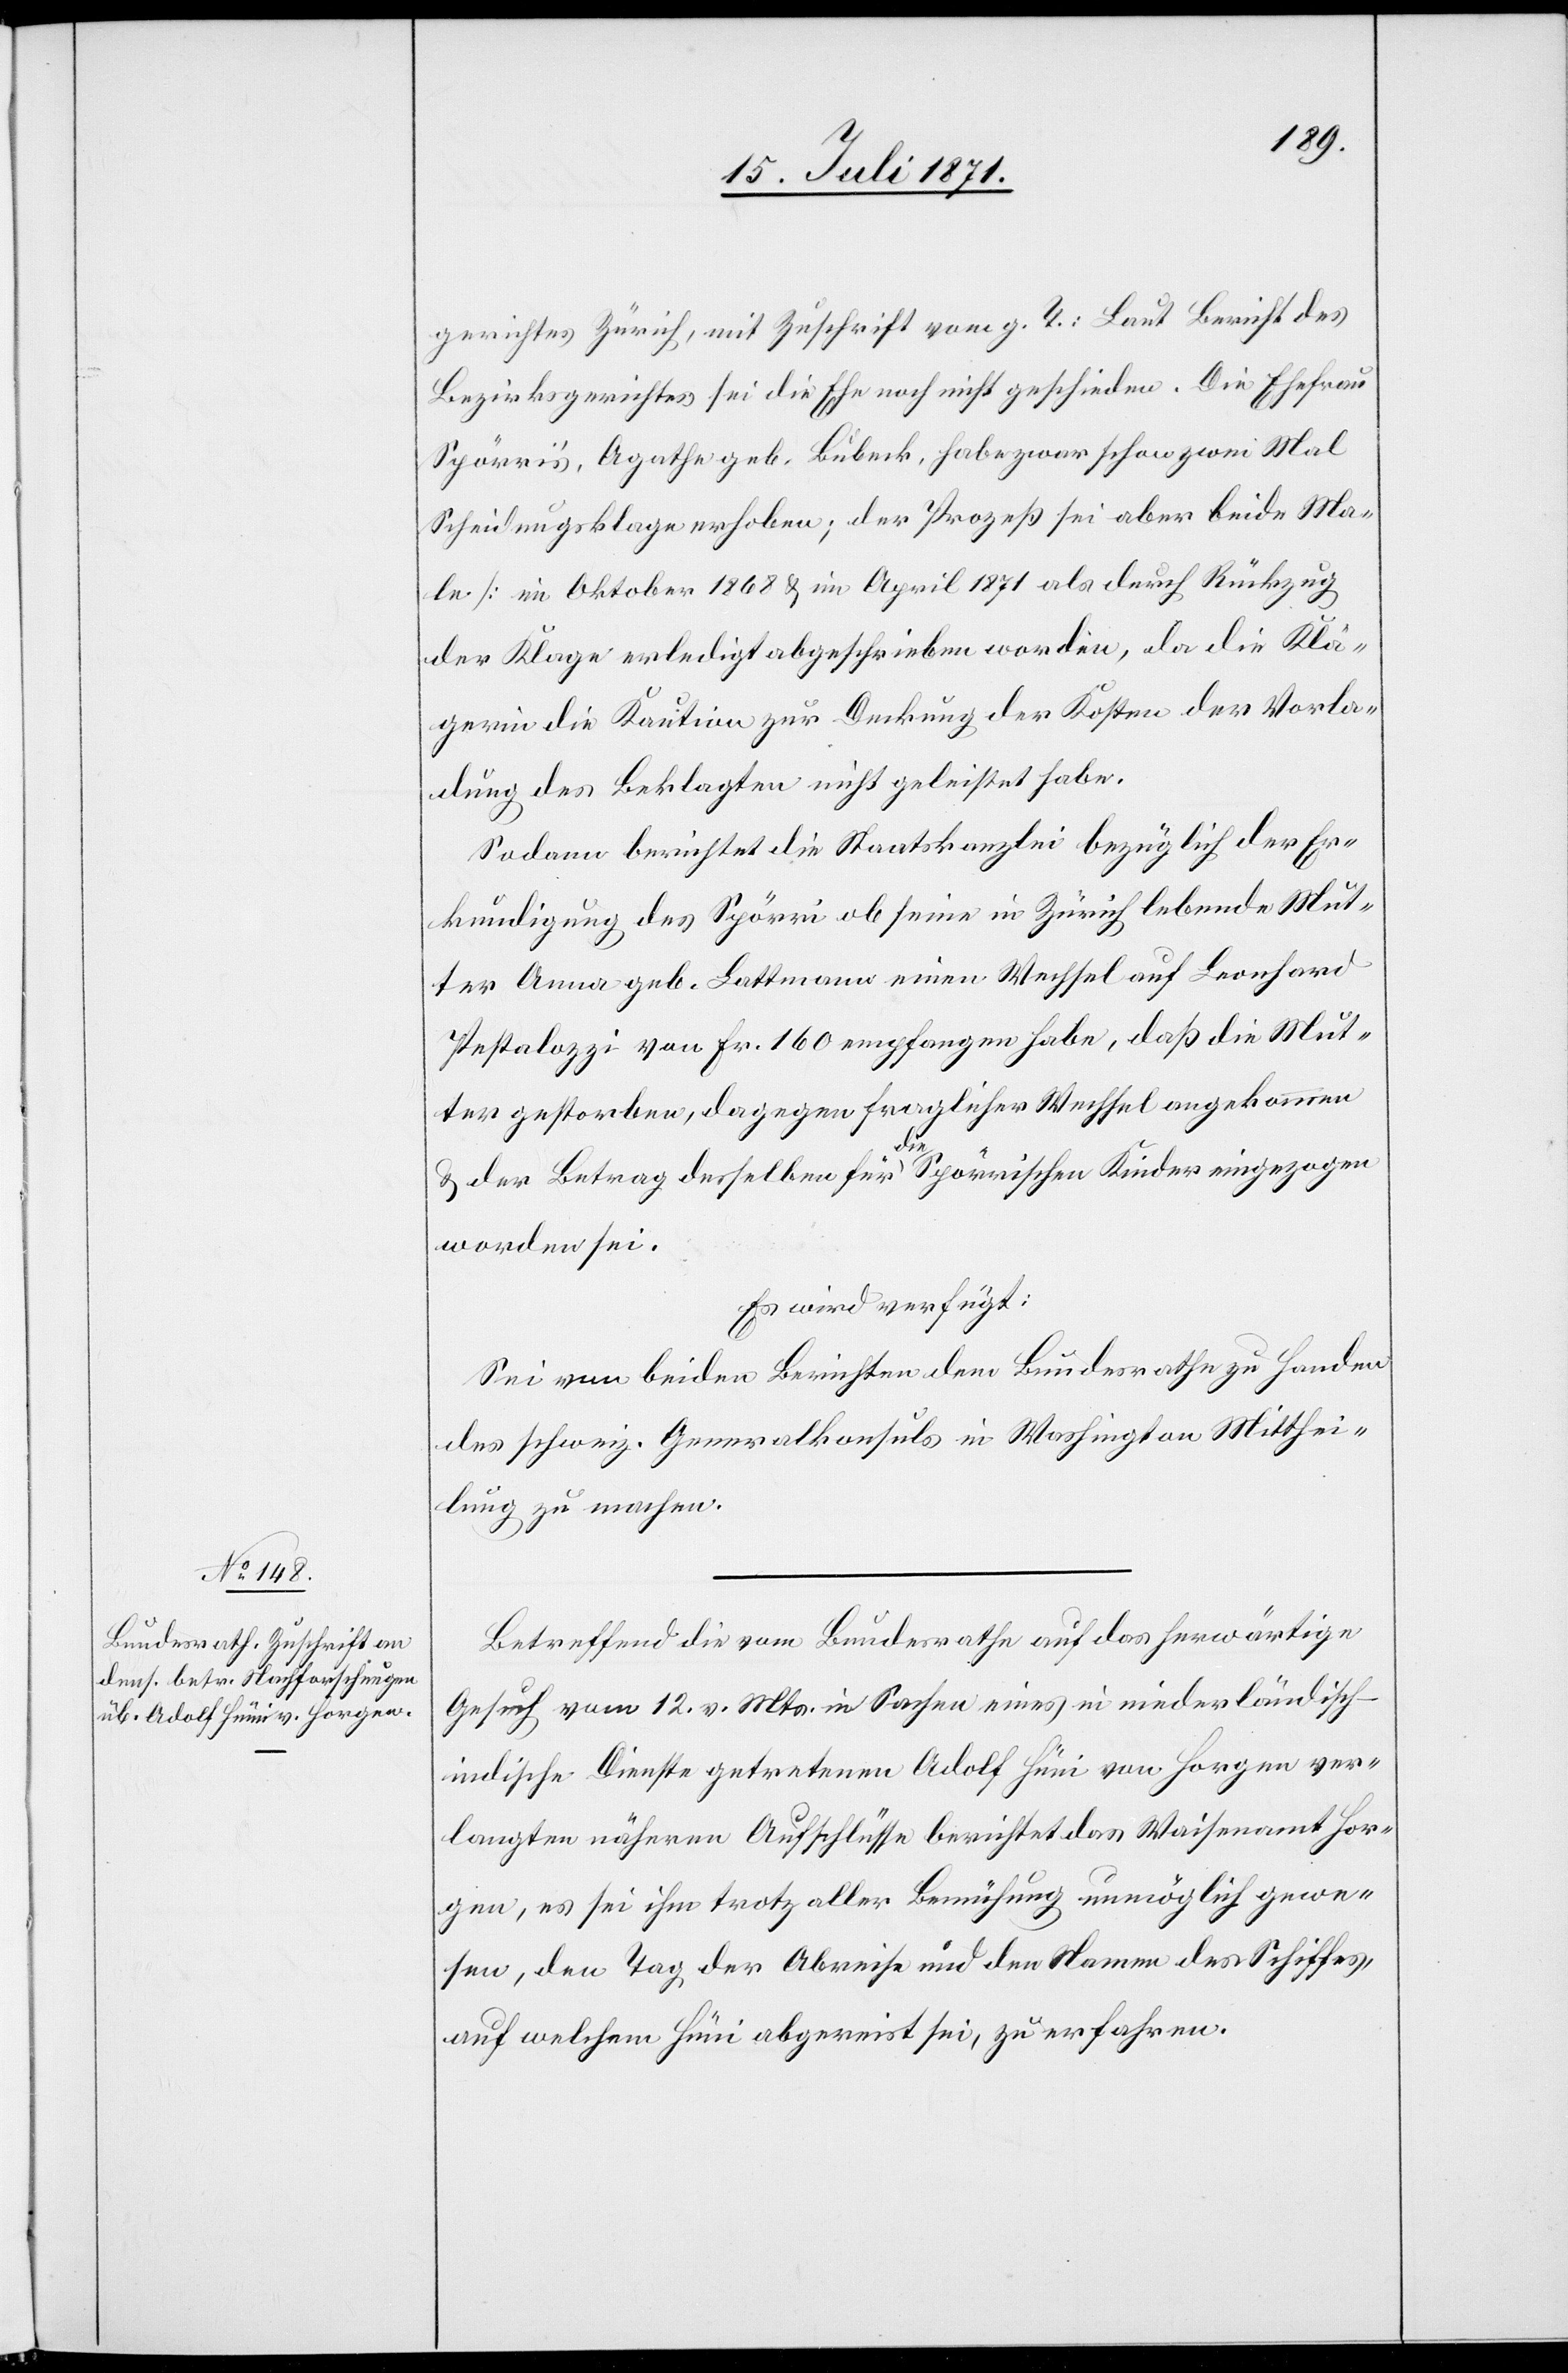
19. Juli 1871.]
gerichtes Zürich, mit Zuschrift vom g. T.: Laut Bericht des
Bezirksgerichtes sei die Ehe noch nicht geschieden. Die Ehefrau
Spörri’s, Agathe geb. Lübeck, habe zwar schon zwei Mal
Scheidungsklage erhoben; der Prozeß sei aber beide Ma¬
le [im Oktober 1868 u. im April 1871[]] als durch Rückzug
der Klage erledigt abgeschrieben worden, da die Klä¬
gerin die Kaution zur Deckung der Kosten der Vorla¬
dung des Beklagten nicht geleistet habe.
Sodann berichtet die Staatskanzlei bezüglich der Er¬
kundigung des Spörri ob seine in Zürich lebende Mut¬
ter Anna geb. Lattmann einen Wechsel auf Leonhard
Pestalozzi von Fr. 160 empfangen habe, daß die Mut¬
ter gestorben, dagegen fraglicher Wechsel angekommen
u. der Betrag desselben für die Spörrischen Kinder eingezogen
worden sei.
Es wird verfügt:
Sei von beiden Berichten dem Bundesrath zu Handen
des schweiz. Generalkonsuls in Washington Mitthei¬
lung zu machen.
Betreffend die vom Bundesrathe auf das herwärtige
Gesuch vom 12. v. Mts. in Sachen eines in niederländisch-i¬
ndische Dienste getretenen Adolf Hüni von Horgen ver¬
langten näheren Aufschlüsse berichtet das Waisenamt Hor¬
gen, es sei ihm trotz aller Bemühung unmöglich gewe¬
sen, den Tag der Abreise und den Namen des Schiffes,
auf welchem Hüni abgereist sei, zu erfahren.